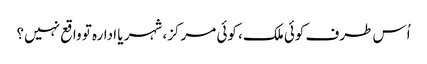
اُس طرف کوئی ملک، کوئی مرکز، شہر یا ادارہ تو واقع نہیں؟